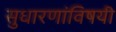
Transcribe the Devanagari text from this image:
सुधारणांविषयी